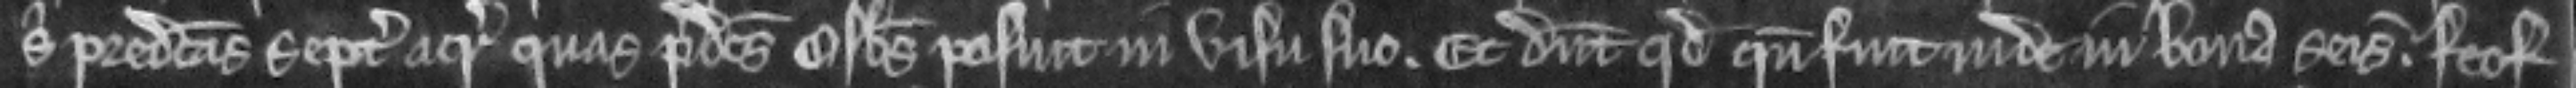
sibi predictas septem acras quas predictus Osbertus posuit in visu suo. Et dicunt quod quando fuit inde in bona seisina. feof